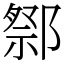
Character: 𨝋